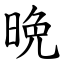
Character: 晩